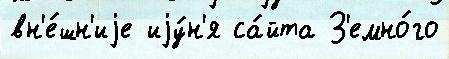
вн'е́шн'иjе иjу́н'я са́йта З'емно́го